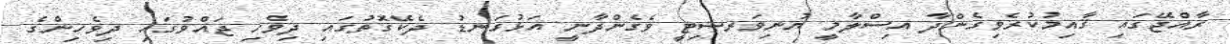
ރާއްޖޭގައި ޤާއިމުކުރެވިގެންދާ އިސްލާމީ ޔުނިވަރސިޓީ ވެގެންދާނީ އަޅުގަނޑު ދެކޭގޮތުގައި ދިވެހި ޖައްވުގައި ދިވެހިންގެ